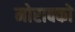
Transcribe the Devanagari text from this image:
मोराक्को